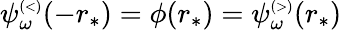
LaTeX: \psi_{\omega}^{\scriptscriptstyle(<)}(-r_{*})=\phi(r_{*})=\psi_{\omega}^{\scriptscriptstyle(>)}(r_{*})